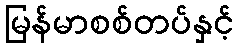
မြန်မာစစ်တပ်နှင့်